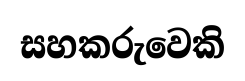
සහකරුවෙකි